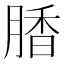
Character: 𰮽